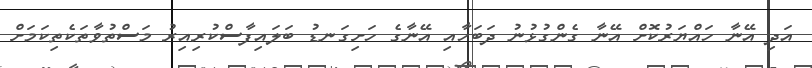
އަދި އޭނާ ހައްޔަރުކޮށް އޭނާ ގެންގުޅުނު ދަބަހާއި އޭނާގެ ހަށިގަނޑު ބަލައިފާސްކުރިއިރު މަސްތުވާތަކެތިކަމަށް